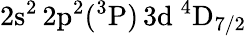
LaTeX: \mathrm{2s^{2}\, 2p^{2}(^{3}P)\, 3d~^{4}D_{7/2}}